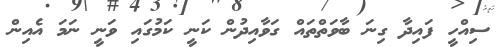
ސިއްހީ ފައިދާ ގިނަ ބާވަތްތައް ގަވާއިދުން ކަނީ ކަމުގައި ވަނީ ނަމަ އެއިން